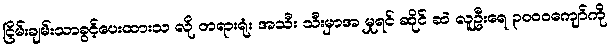
ငြိမ်းချမ်းသာခွင့်ပေးထားသ လို တရားရုံး အသီး သီးမှာအ မှုရင် ဆိုင် ဆဲ လူဦးရေ ၃ဝဝဝကျော်ကို